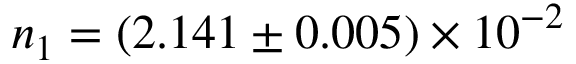
n _ { 1 } = ( 2 . 1 4 1 \pm 0 . 0 0 5 ) \times 1 0 ^ { - 2 }